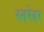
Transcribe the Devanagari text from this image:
स्तरेवर